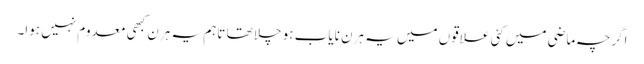
اگرچہ ماضی میں کئی علاقوں میں یہ ہرن نایاب ہو چلا تھا تاہم یہ ہرن کبھی معدوم نہیں ہوا۔